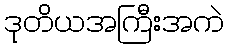
ဒုတိယအကြီးအကဲ